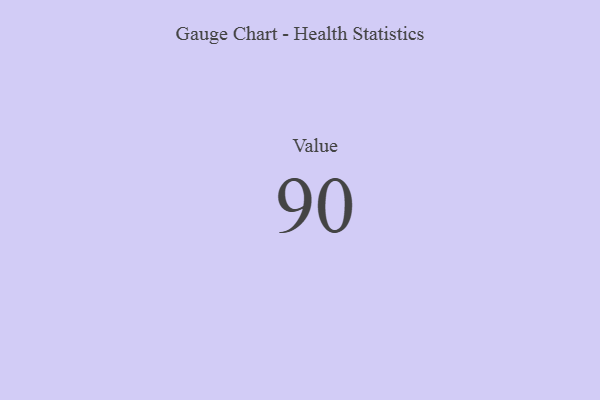
{"axis": {"x": "Metric", "y": "Value"}, "legend": [""], "data": [{"x": "Value", "y": 90, "type": ""}]}